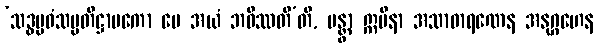
‘သဒ္ဓမ္မဝံသပ္ပတိဋ္ဌာပကော မေ အယံ ဘဝိဿတီ’တိ, မန္တွာ ဣမိနာ အသာဓာရဏေန အနုဂ္ဂဟေန